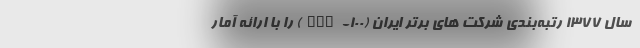
سال 1377 رتبه‌بندی شرکت های برتر ایران (IMI-100) را با ارائه آمار